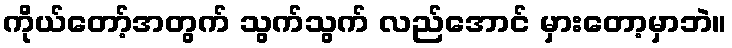
ကိုယ်တော့်အတွက် သွက်သွက် လည်အောင် မှားတော့မှာဘဲ။